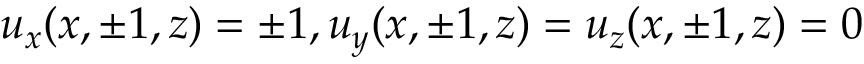
u _ { x } ( x , \pm 1 , z ) = \pm 1 , u _ { y } ( x , \pm 1 , z ) = u _ { z } ( x , \pm 1 , z ) = 0